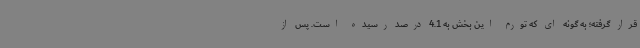
قرار گرفته؛ به گونه ای که تورم این بخش به 4.1 درصد رسیده است. پس از